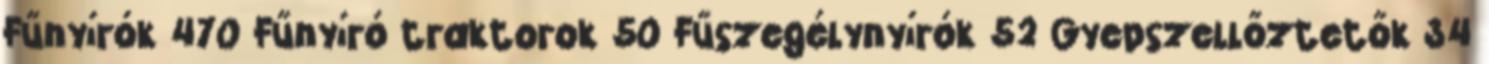
Fűnyírók 470 Fűnyíró traktorok 50 Fűszegélynyírók 52 Gyepszellőztetők 34